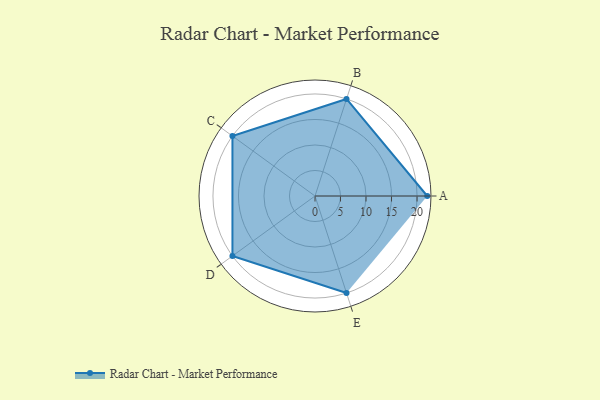
{"axis": {"x": "Skill", "y": "Score"}, "legend": ["Profile"], "data": [{"x": "A", "y": 22.0, "type": "Profile"}, {"x": "B", "y": 20, "type": "Profile"}, {"x": "C", "y": 20, "type": "Profile"}, {"x": "D", "y": 20, "type": "Profile"}, {"x": "E", "y": 20, "type": "Profile"}]}